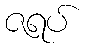
ဇရပ်